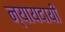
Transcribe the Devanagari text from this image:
न्यायदायी